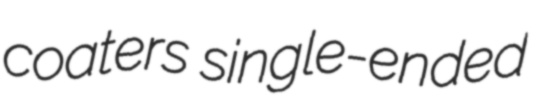
coaters single-ended